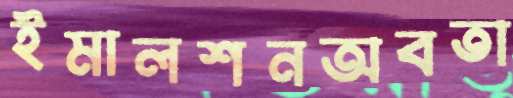
ইমালশনঅবতা